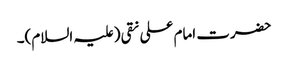
حضرت امام علی نقی (علیہ السلام)۔